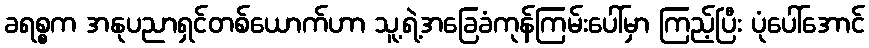
ခရစ္စက အနုပညာရှင်တစ်ယောက်ဟာ သူ့ရဲ့အခြေခံကုန်ကြမ်းပေါ်မှာ ကြည့်ပြီး ပုံပေါ်အောင်